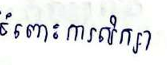
ចំពោះការសិក្សា